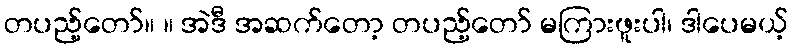
တပည့်တော်။ ။ အဲဒီ အဆက်တော့ တပည့်တော် မကြားဖူးပါ၊ ဒါပေမယ့်